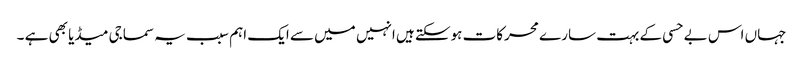
جہاں اس بے حسی کے بہت سارے محرکات ہوسکتے ہیں انہیں میں سے ایک اہم سبب یہ سماجی میڈیا بھی ہے ۔